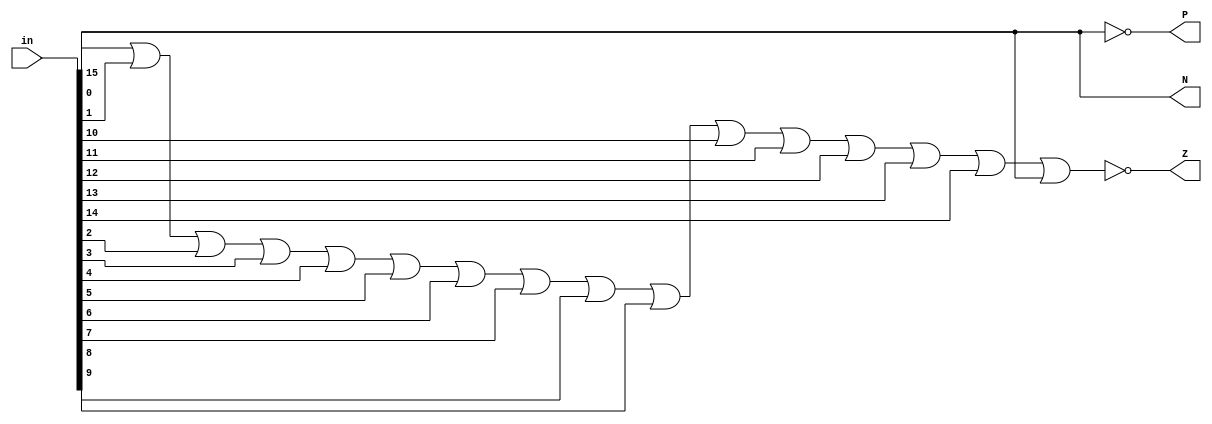
module npzLogic(in, N, P, Z);

    input  [15:0] in;
    output  N;
    output  P;
    output  Z;

    nor n1 (Z, in[0],  in[1],  in[2],  in[3],
                 in[4],  in[5],  in[6],  in[7],
                 in[8],  in[9],  in[10], in[11],
                 in[12], in[13], in[14], in[15]);

    assign N =  in[15];
    assign P = ~in[15];


endmodule